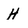
Character: H